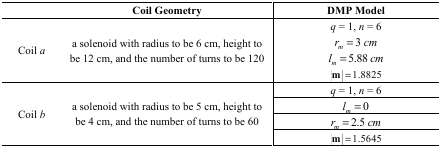
|  | Coil Geometry | DMP Model |
 | --- | --- | --- |
 | <ROWSPAN=4> Coil a | <ROWSPAN=4> a solenoid with radius to be 6 cm, height to be 12 cm, and the number of turns to be 120 | q = 1, n = 6 |
 | rm=3 cm |
 | lm=5.88 cm |
 | |m| =1.8825 |
 | <ROWSPAN=4> Coil b | <ROWSPAN=4> a solenoid with radius to be 5 cm, height to be 4 cm, and the number of turns to be 60 | q = 1, n = 6 |
 | lm=0 |
 | rm=2.5 cm |
 | |m| =1.5645 |